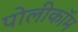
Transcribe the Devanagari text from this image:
पोलीकॉम